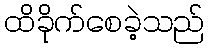
ထိခိုက်စေခဲ့သည်